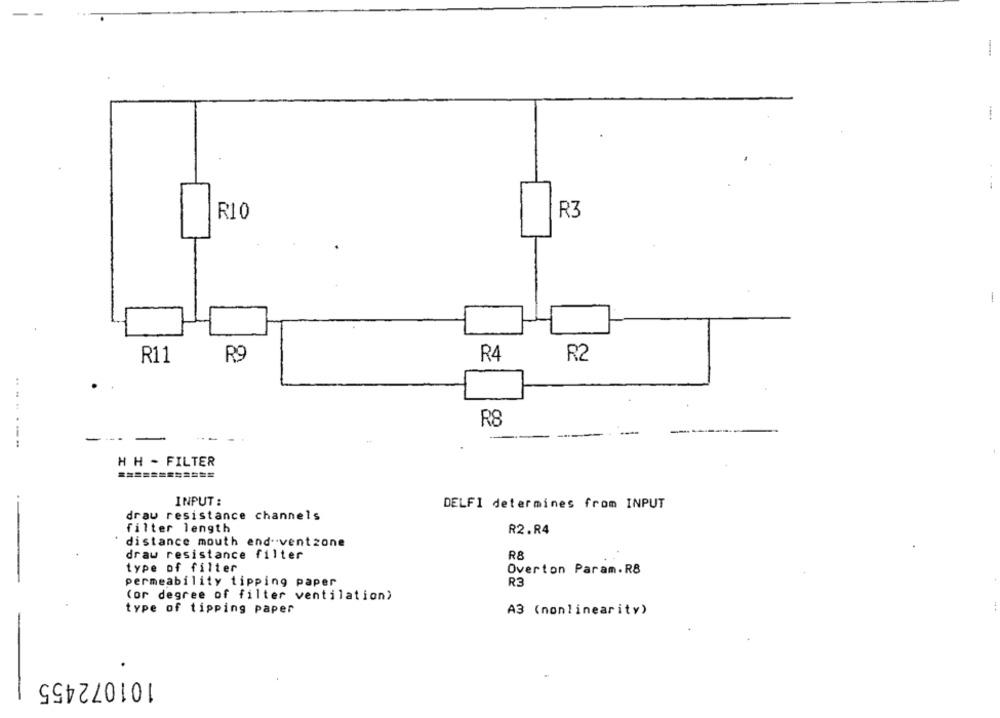
---.
R10
R3
-
R11
R9
R4
R2
.. .. ..
R8
------
--
HH - FILTER
============
INPUT :
DELFI determines from INPUT
draw resistance channels
filter length
R2. R4
distance mouth end-ventzone
draw resistance filter
R8
type of filter
Overton Param.R8
permeability tipping paper
R3
(or degree of filter ventilation)
type of tipping paper
A3 (nonlinearity)
-
101072455